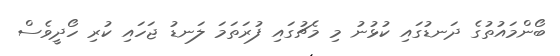
ބޯންމައުތުގެ ދަނޑުގައި ކުޅުނު މި މެޗުގައި ފުރަތަމަ ލަނޑު ޖަހައި ކުރި ހޯދީވެސް